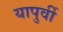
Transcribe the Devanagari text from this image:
यापुर्वी